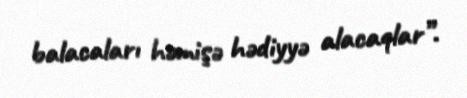
balacaları həmişə hədiyyə alacaqlar”.